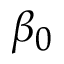
\beta _ { 0 }